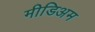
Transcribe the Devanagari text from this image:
मीडिअम